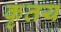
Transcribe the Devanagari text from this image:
कृतय